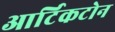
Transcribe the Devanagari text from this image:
आर्टिकटोन